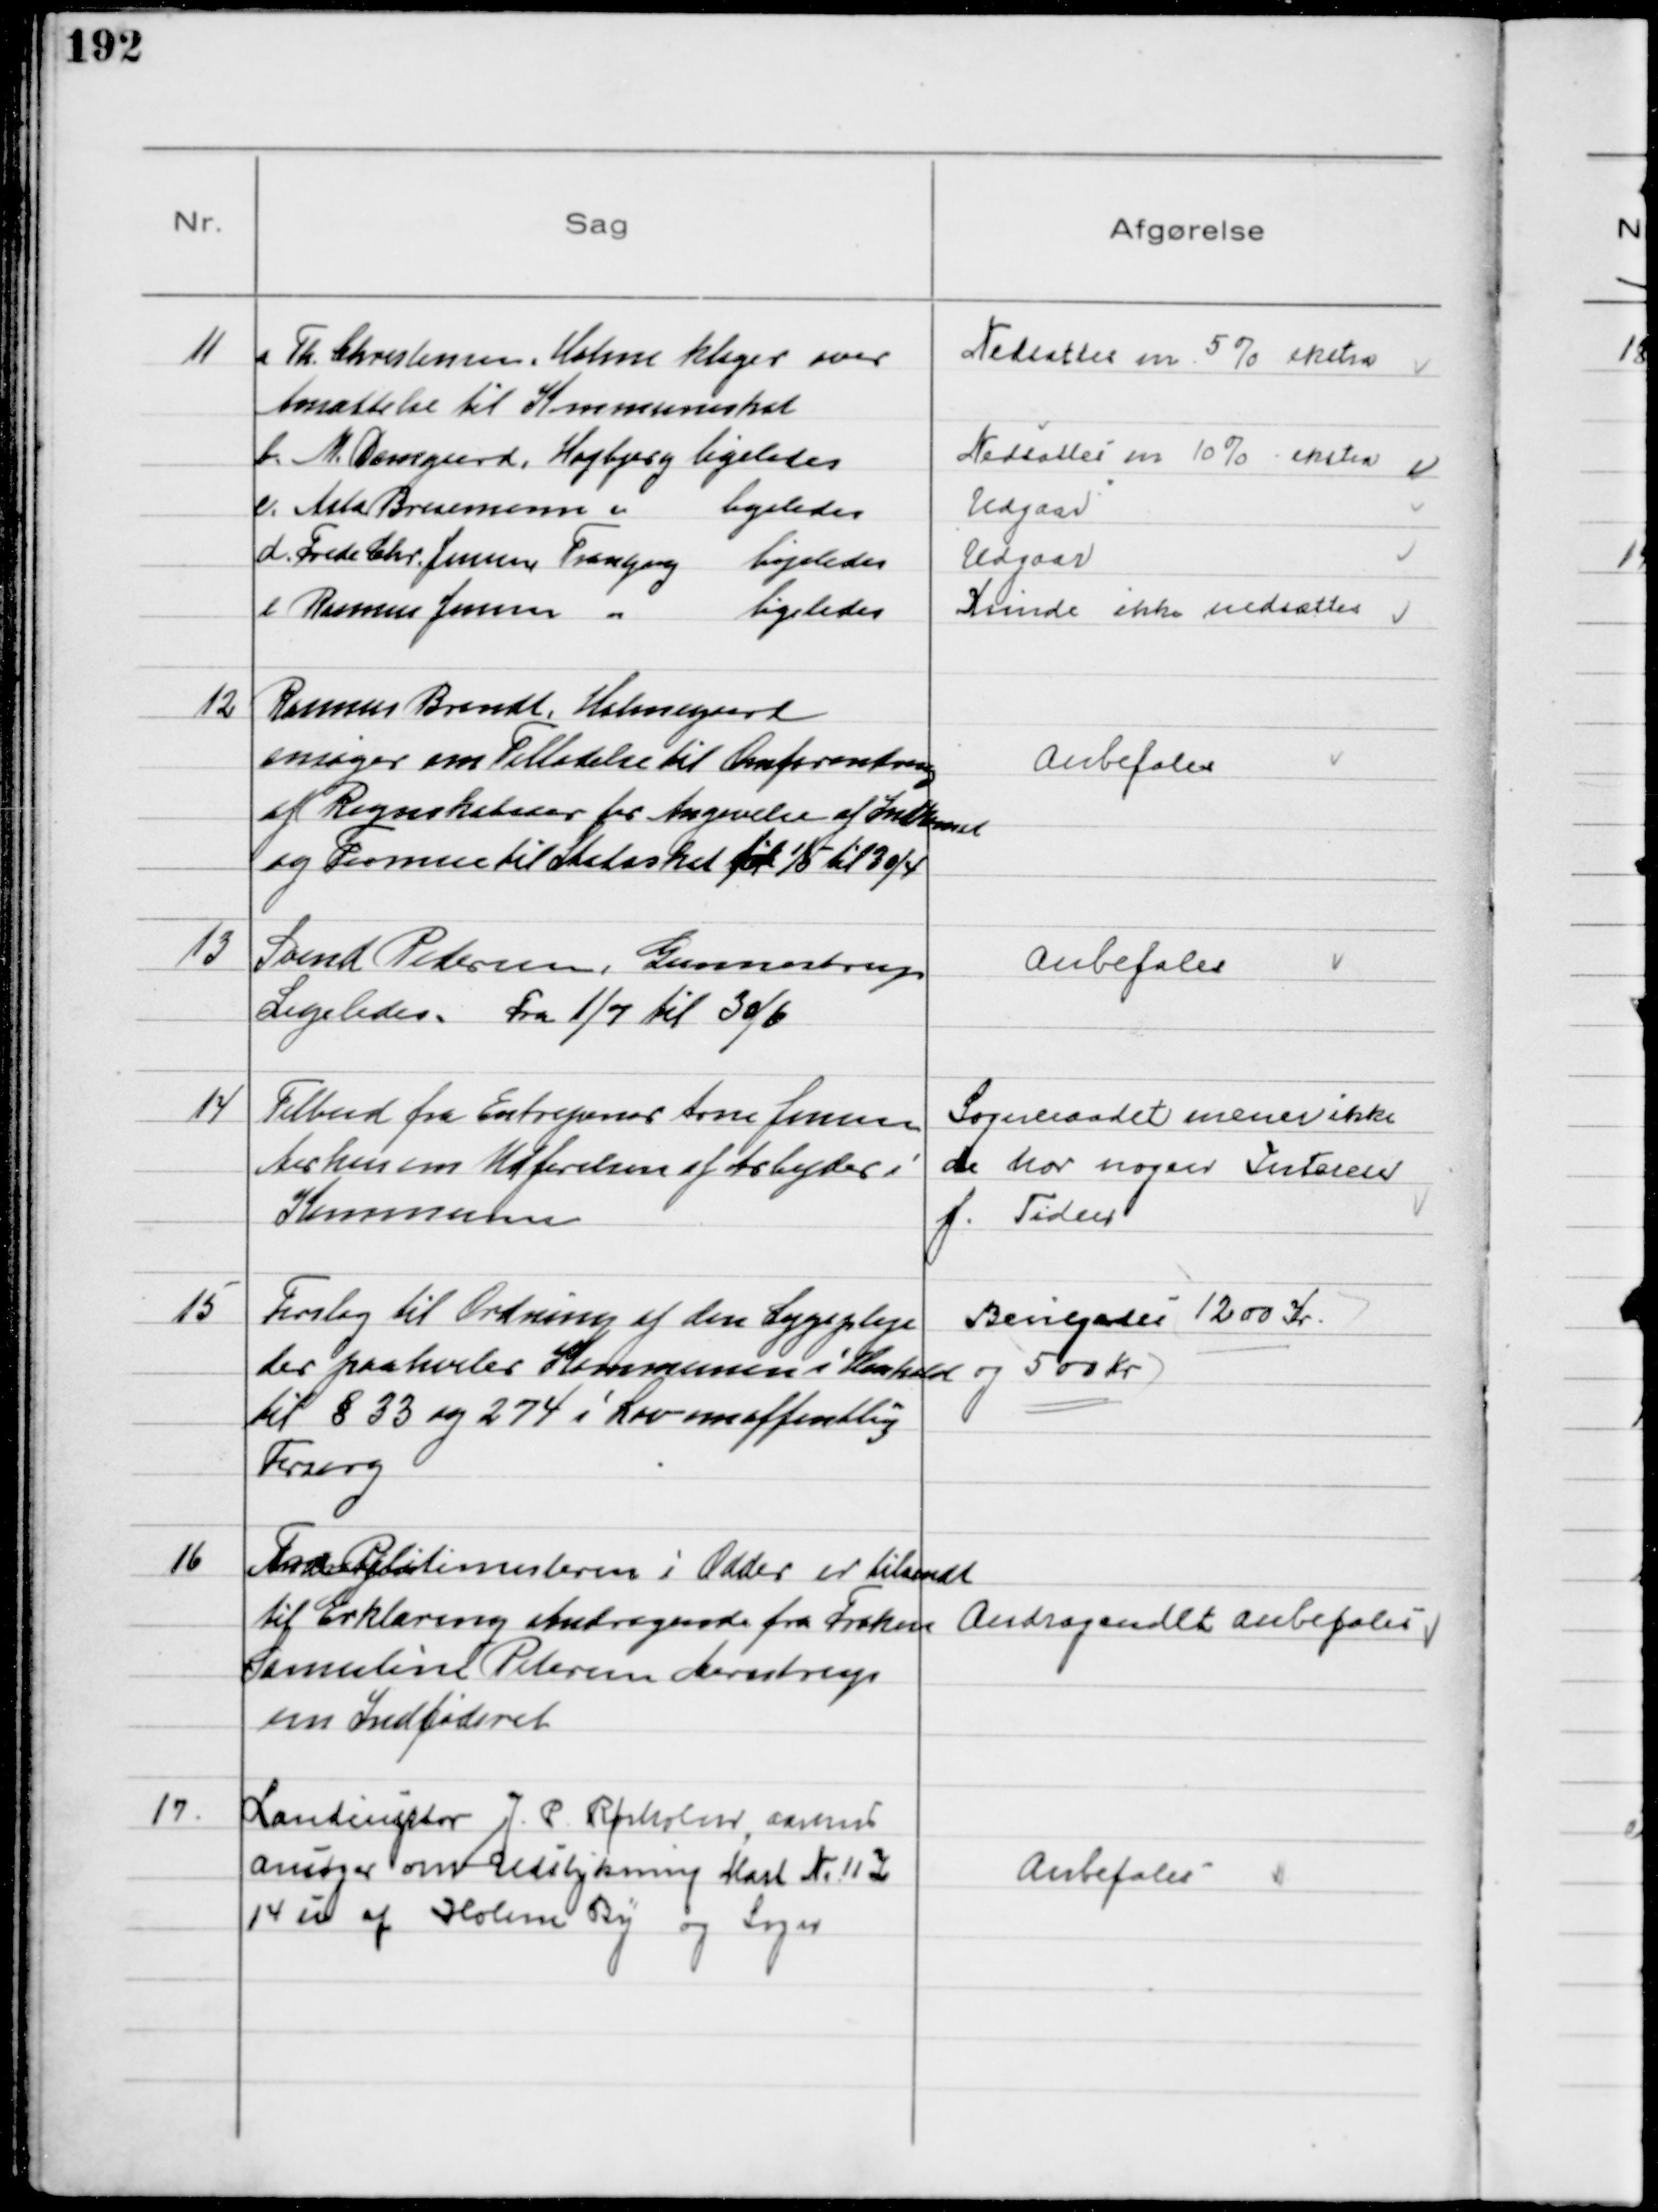
Transskription:
11
a Th. Christensen, Holme klager over
Ansættelse til Kommuneskat
Nedsattes m. 5% ekstra
b. M. Damgaard, Højbjerg ligeledes
Nedsattes m. 10% ekstra
c. Asta Bresemann
ligeledes
Udgaar
d. Frede Chr. Jensen Tranbjerg ligeledes
Udgaar
e Rasmus Jensen 
ligeledes
Kunde ikke nedsættes

12
Rasmus Brandt, Holmegaard
ansøger om Tilladelse til Omforandring
af Regnskabsaar for Angivelse af Indkomst
og Formue til Statsskat fra 1/5 til 30/4

Anbefales

13
Svend Pedersen, Gunnestrup
Ligeledes. Fra 1/7 til 30/6

Anbefales

14
Tilbud fra EntreprenørArne Jensen
Aarhus om Udførelsen af Arbejder i
Kommunen

Sogneraadet mener ikke
de har nogen Interese
f. Tiden

15
Forslag til Ordning af den Sygepleje
der paahviler Kommunen i Henhold
til § 33 og 274 i Lov om offentlig
Forsorg
Bevilgedes 1200 Kr.
og 500 Kr

16
Fra Politimesteren i Odder er tilsendt
til Erklæring Andragende fra Frøken
Samuline Petersen Aarestrup
om Indfødsret
Andragendet anbefales

17
Landinsptør J. P. Rørholm, Aarhus
ansøger om Udstykning Matr № 11 Z
14 u af Holme By og Sogn

Anbefales